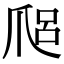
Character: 𤔑